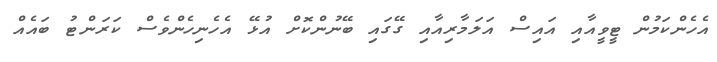
އެހެންކަމުން ޓީވީއާއި އައިސް އަލަމާރިއާއި ގޭގައި ބޭނުންކޮށް އުޅޭ އެހެނިހެންވެސް ކަރަންޓު ބައެއް